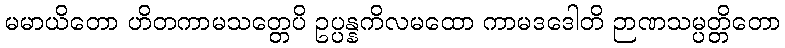
မမာယိတော ဟိတကာမသတ္တေပိ ဥပ္ပန္နကိလမထော ကာမဒဒေါတိ ဉာဏသမ္ပတ္တိတော